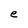
Character: e